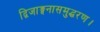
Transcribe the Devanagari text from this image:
द्विजाङ्गनासमुद्धरण।